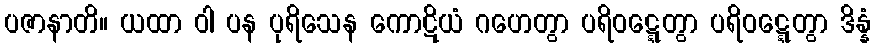
ပဇာနာတိ။ ယထာ ဝါ ပန ပုရိသေန ကောဋိယံ ဂဟေတွာ ပရိဝဋ္ဋေတွာ ပရိဝဋ္ဋေတွာ ဒိန္နံ